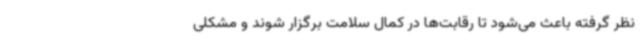
نظر گرفته باعث می‌شود تا رقابت‌ها در کمال سلامت برگزار شوند و مشکلی